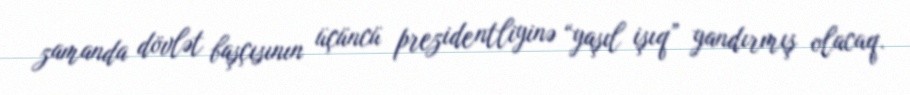
zamanda dövlət başçısının üçüncü prezidentliyinə “yaşıl işıq” yandırmış olacaq.